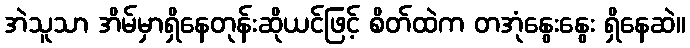
အဲသူသာ အိမ်မှာရှိနေတုန်းဆိုယင်ဖြင့် စိတ်ထဲက တအုံနွေးနွေး ရှိနေဆဲ။